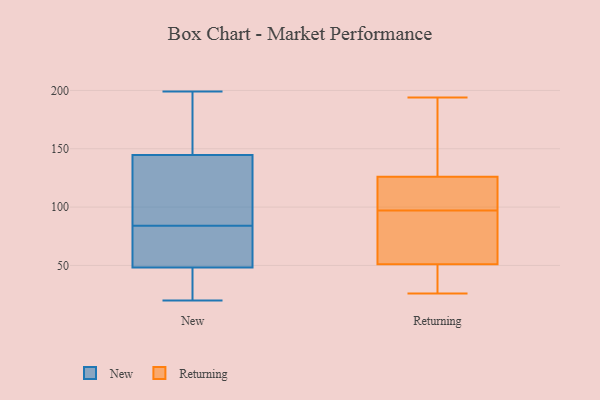
{"axis": {"x": "Budget (USD K)", "y": "Value"}, "legend": ["New", "Returning"], "data": [{"x": "", "y": 186, "type": "New"}, {"x": "", "y": 86, "type": "New"}, {"x": "", "y": 112, "type": "New"}, {"x": "", "y": 52, "type": "New"}, {"x": "", "y": 37, "type": "New"}, {"x": "", "y": 84, "type": "New"}, {"x": "", "y": 20, "type": "New"}, {"x": "", "y": 138, "type": "New"}, {"x": "", "y": 75, "type": "New"}, {"x": "", "y": 199, "type": "New"}, {"x": "", "y": 165, "type": "New"}, {"x": "", "y": 34, "type": "New"}, {"x": "", "y": 79, "type": "New"}, {"x": "", "y": 87, "type": "Returning"}, {"x": "", "y": 31, "type": "Returning"}, {"x": "", "y": 80, "type": "Returning"}, {"x": "", "y": 145, "type": "Returning"}, {"x": "", "y": 107, "type": "Returning"}, {"x": "", "y": 194, "type": "Returning"}, {"x": "", "y": 75, "type": "Returning"}, {"x": "", "y": 51, "type": "Returning"}, {"x": "", "y": 118, "type": "Returning"}, {"x": "", "y": 109, "type": "Returning"}, {"x": "", "y": 126, "type": "Returning"}, {"x": "", "y": 38, "type": "Returning"}, {"x": "", "y": 170, "type": "Returning"}, {"x": "", "y": 26, "type": "Returning"}]}